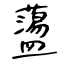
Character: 蘯